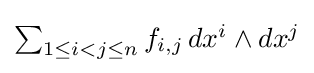
{\textstyle \sum _{1\leq i<j\leq n}f_{i,j}\,dx^{i}\wedge dx^{j}}